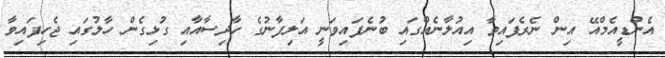
އެންޑީއެމްއޭ އިން ނެރެފައިވާ އިއުލާނެއްގައި ބުނެފައިވަނީ އަލިފާނުގެ ހާދިސާއާއި ގުޅިގެން ހާލުގައި ޖެހިފައިވާ